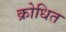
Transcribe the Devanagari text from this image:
क्रोधित